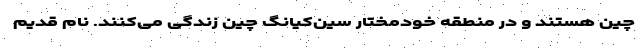
چین هستند و در منطقه خودمختار سین‌کیانگ چین زندگی می‌کنند. نام قدیم